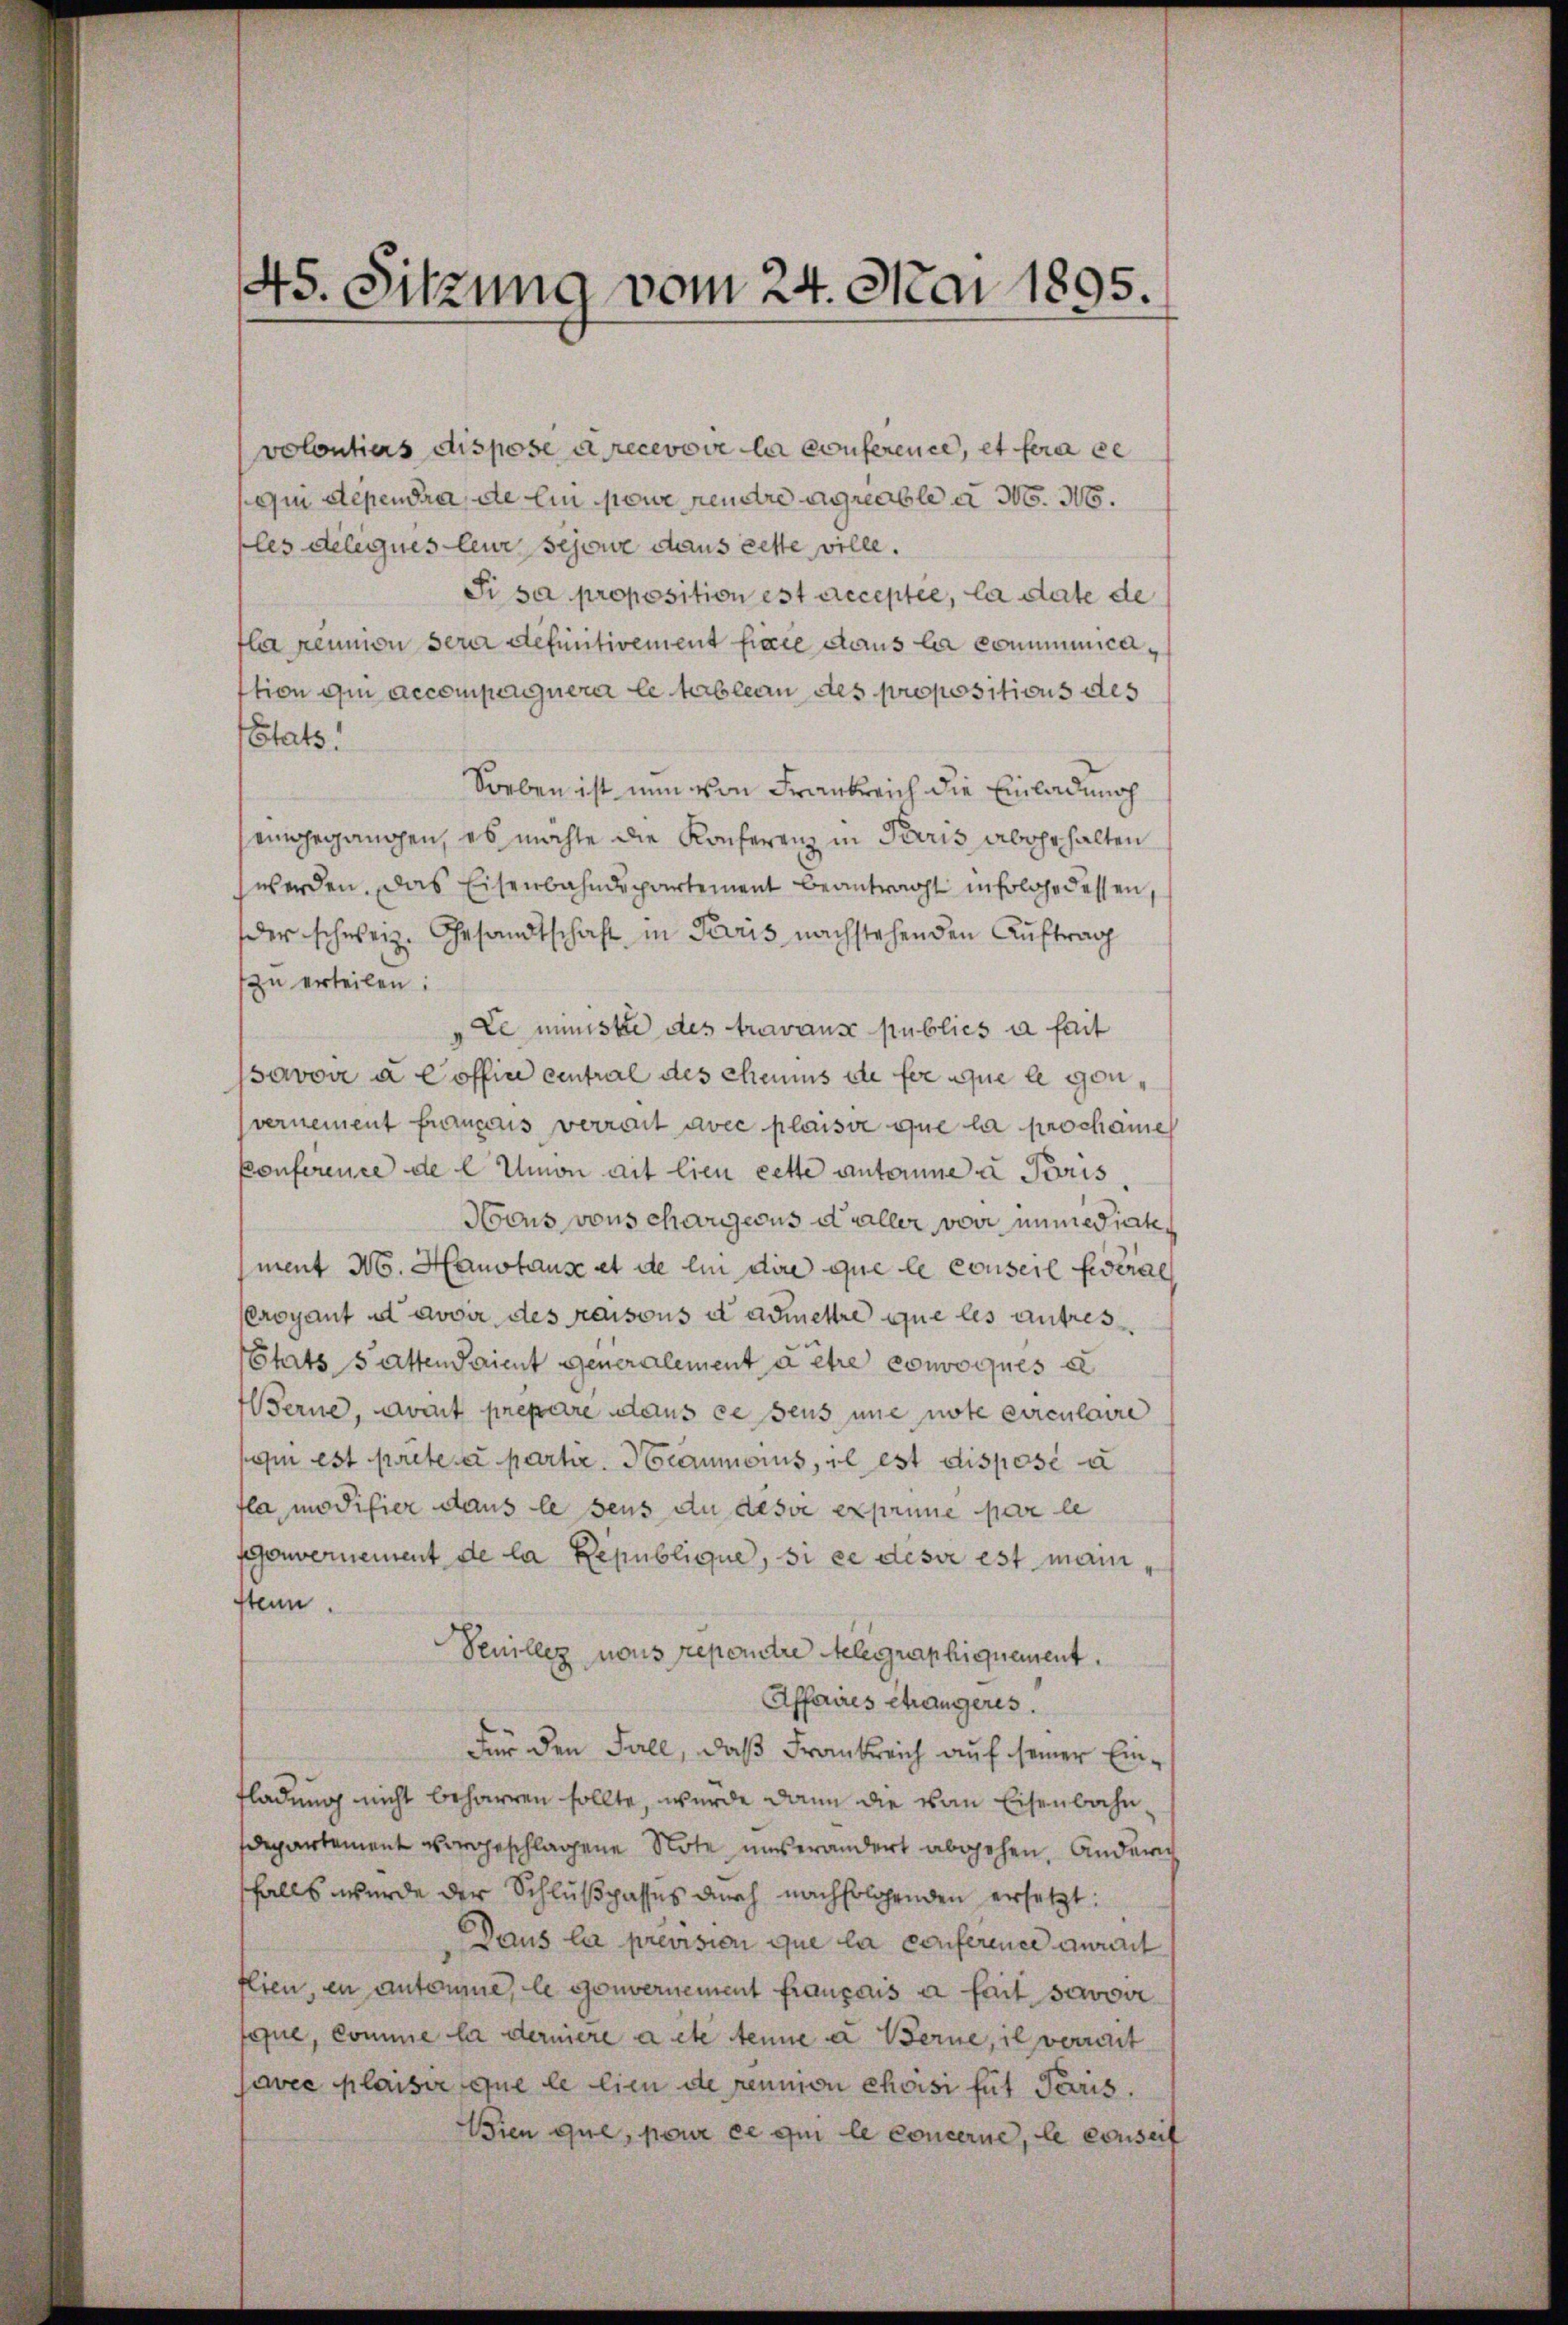
45. Sitzung vom 24. Mai 1895.

volontiers dispose à recevove la conference, et fera ce
m Dependra, die Ein neue rendre agreable a M. No.
ples deleques leur sejour dans cette ville.
Pisa proposition est acceptée, la date de
fla kennen sera definitivement fiele dans la communicirttion ain accompagnera le tableau des propositions des
Etats.
Sorben ist nun von Frankreich die Einladung
eingegangen, es möchte die Konferenz in Paris aber halten
werden. Das Eisenbahndepartement beantragt infolge dessen,
der schweiz. Gesandtschaft in Paris nachstehenden Auftrag
zu erteilen:
Le ministe des travaux publics à fait
savoir à Coffin eintral des chaums de fer aque le gan,
vernement français verrait avec plaisse que la prochame
Konference de l Umon ait lieu cette autorene a Paris
Nocus vons chargens daller von immediatement No. Hanstause et de lin dire que le conseil Federal
Croyant ad avoir des raisons et admettre que les antres
harts satten Parient generalement à être convoqués a
Berne, soit prepare dans ce seus une note circulaire
sei est preteser partir Beaumonus, il est disposi a
fla modifier dans le sens du desse exprime par le
fenvernement de la Republique, si ce desse est mann,
stein.
Venillez nous reporntre Gelegraphiquement.
Affaires étrangeres.
Für den Fall, daß Frankreich auf seiner Einfladung nicht beharren sollte, wurde dann die von Eisenbahndepartement vorgeschlagene Note unverändert abgehen. Andern
sfalls werde der Schlußpassus durch nachfolgenden ersetzt:
Daus la prevision que la conference aurait
flien, en autonne, le gouvernement français à fait savoir
fque, comme la derniere a et tenue a Berne, il verrait
avee Klaisir que le lien de rennion choisi für Paris.
Wien que, pour ce qui le concerne, le conseit